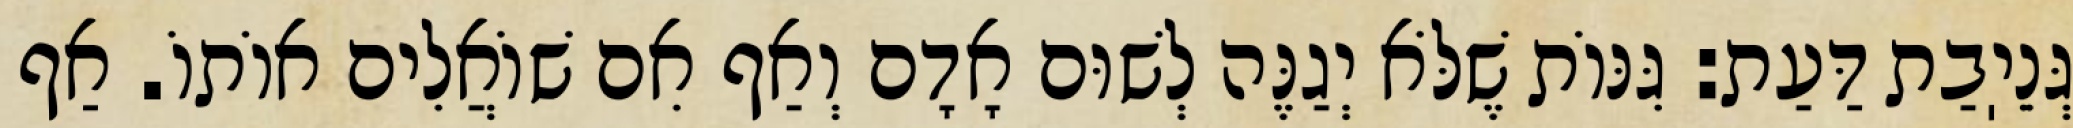
גְּנֵיֽבַת דַּעַת: גִּנּוֹת שֶׁלֹּא יְגַנֶּה לְשׁוּם אָדָם וְאַף אִם שׁוֹאֲלִים אוֹתוֹ. אַף